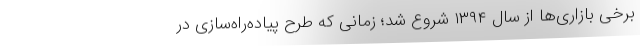
برخی بازاری‌ها از سال ۱۳۹۴ شروع شد؛ زمانی که طرح پیاده‌راه‌سازی در